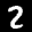
Label: 2